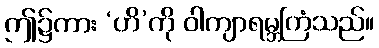
ဤ၌ကား ‘ဟိ’ကို ဝါကျာရမ္ဘကြံသည်။